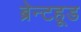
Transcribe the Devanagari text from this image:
ब्रेन्टहूड